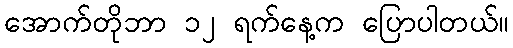
အောက်တိုဘာ ၁၂ ရက်နေ့က ပြောပါတယ်။